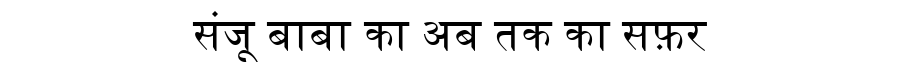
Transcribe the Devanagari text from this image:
संजू बाबा का अब तक का सफ़र